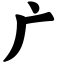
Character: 广